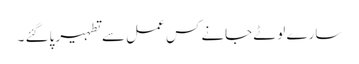
سارے لوٹے جانے کس عمل سے تطہیر پاگئے ۔